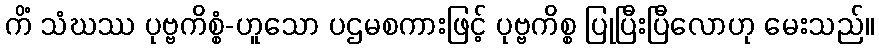
ကိံ သံဃဿ ပုဗ္ဗကိစ္စံ-ဟူသော ပဌမစကားဖြင့် ပုဗ္ဗကိစ္စ ပြုပြီးပြီလောဟု မေးသည်။